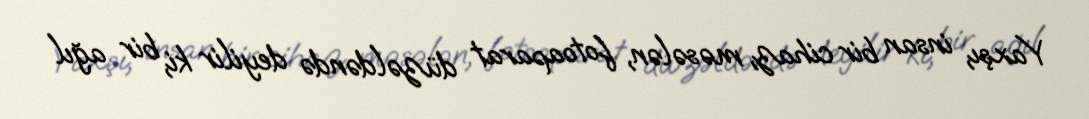
Yaxşı, insan bir cihaz, məsələn, fotoaparat düzəldəndə deyilir ki, bir ağıl